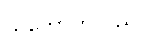
သဘောတူသည်။